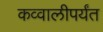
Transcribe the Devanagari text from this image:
कव्वालीपर्यंत